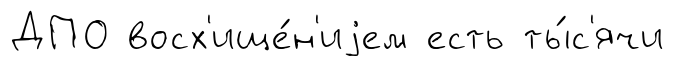
ДПО восх'ище́н'иjем есть ты́с'ячи